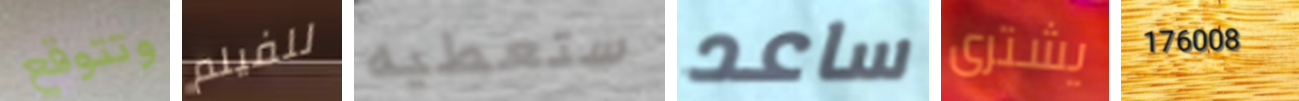
وتتوقع للفيلم ستعطيه ساعد يشترى 176008